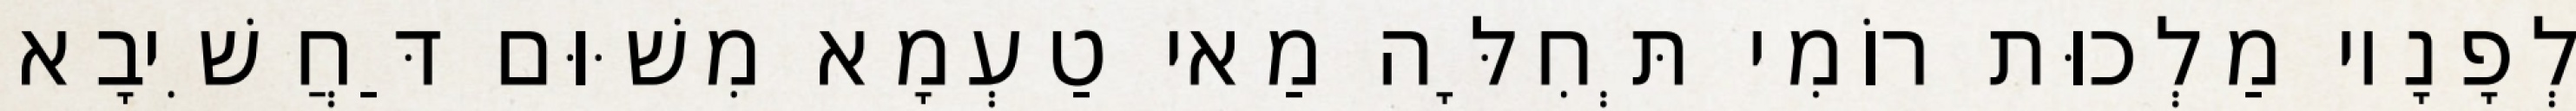
לְפָנָיו מַלְכוּת רוֹמִי תְּחִלָּה מַאי טַעְמָא מִשּׁוּם דַּחֲשִׁיבָא